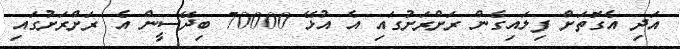
އަދި އެގޮތަށް ފިލައިގެން ރަށްރަށުގައި އެ އުޅޭ 70000 ބިދޭސީން އެ ރަށްރަށުގައި